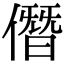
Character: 僭